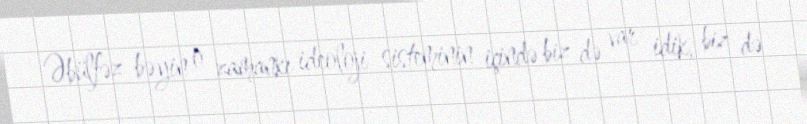
Əbülfəz bəyin o zamankı ideoloji sisteminin içində biz də var idik, biz də